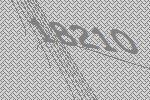
18210